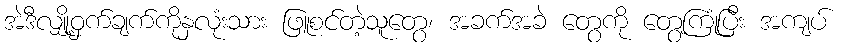
အဲဒီလျှို့ဝှက်ချက်ကိုနှလုံးသား ဖြူစင်တဲ့သူတွေ၊ အခက်အခဲ တွေကို တွေ့ကြုံပြီး အကျပ်